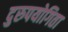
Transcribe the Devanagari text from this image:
दुरुपयोगिता